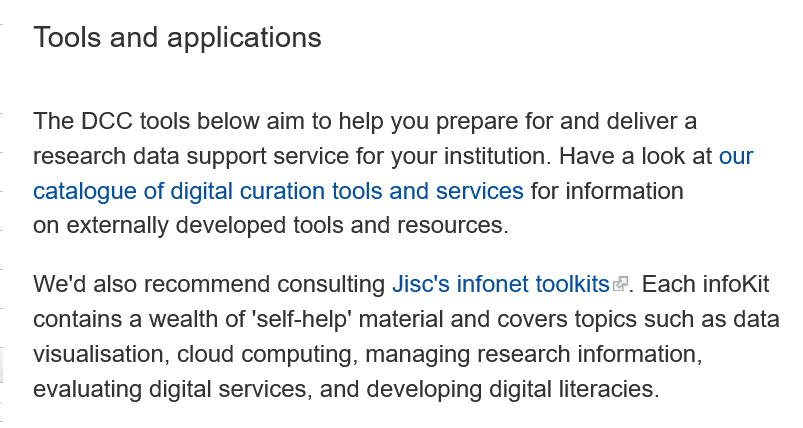
Tools  and applications
   The DCC tools below aim to help you prepare for and deliver a
   research data support service for your institution. Have a look at our
   catalogue of digital curation tools and services for information
   on externally developed tools and resources.
   We'd also recommend consulting Jisc's infonet toolkits. Each infokit
   contains a wealth of 'self-help' material and covers topics such as data
   visualisation, cloud computing, managing research information,
   evaluating digital services, and developing digital literacies.